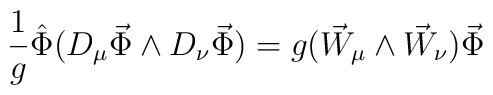
\frac{1}{g}\hat\Phi(D_\mu\vec\Phi\wedge D_\nu\vec\Phi) = g(\vec W_\mu\wedge \vec W_\nu)\vec\Phi